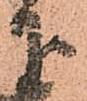
下